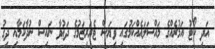
އަދި ކޯޓު އަމުރެއްގެ މައްސަލައެއްކަމުގައި ވިޔަސް ޓެރަރިޒަމުގެ ދަޢުވާ ނައިސް ނުދާކަމާއި ދިގު